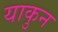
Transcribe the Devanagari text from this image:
याकुन